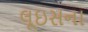
લૂઇસના